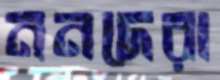
ননদেরা